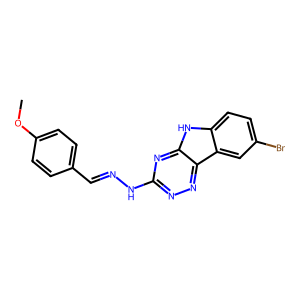
SMILES: COc1ccc(C=NNc2nnc3c(n2)[nH]c2ccc(Br)cc23)cc1
Inhibits HIV replication: No